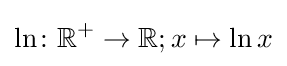
\ln \colon \mathbb {R} ^{+}\to \mathbb {R} ;x\mapsto \ln x